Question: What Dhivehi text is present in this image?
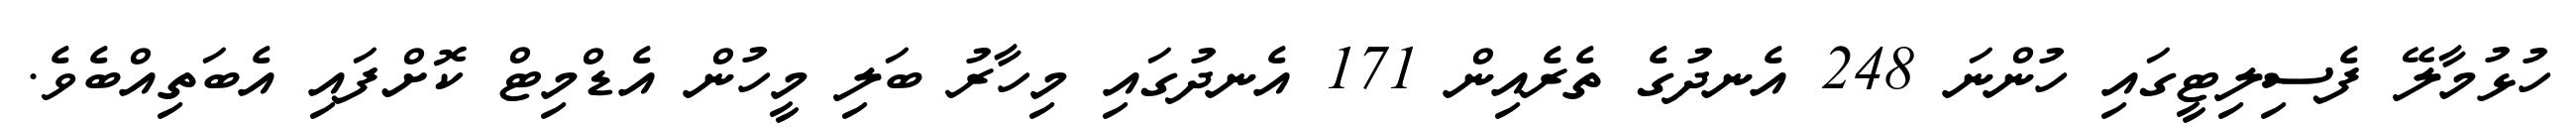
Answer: ހުޅުމާލޭ ފެސިލިޓީގައި ހުންނަ 248 އެނދުގެ ތެރެއިން 171 އެނދުގައި މިހާރު ބަލި މީހުން އެޑްމިޓް ކޮށްފައި އެބަތިއްބެވެ.